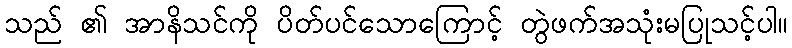
သည် ၏ အာနိသင်ကို ပိတ်ပင်သောကြောင့် တွဲဖက်အသုံးမပြုသင့်ပါ။